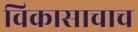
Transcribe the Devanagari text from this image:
विकासाचाच